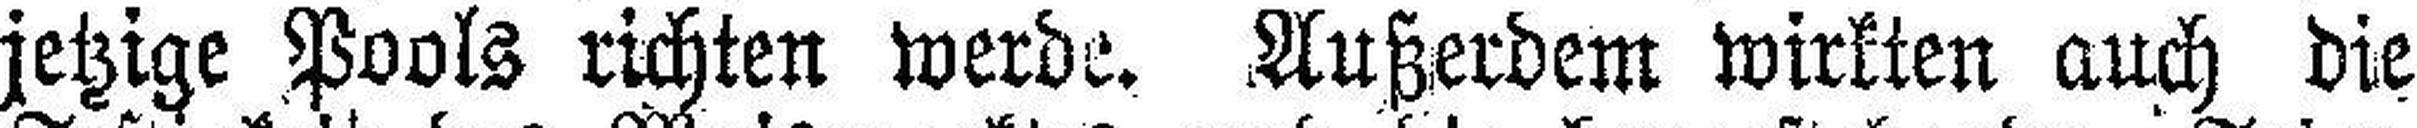
jetzige Pools richten werde. Außerdem wirkten auch die